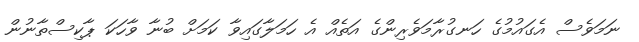
ނަމަވެސް އެގައުމުގެ ހަނގުރާމަވެރިންގެ އަތެއް އެ ހަމަލާގައިވާ ކަމަށް ބުނާ ވާހަކަ ޕާކިސްތާނުން